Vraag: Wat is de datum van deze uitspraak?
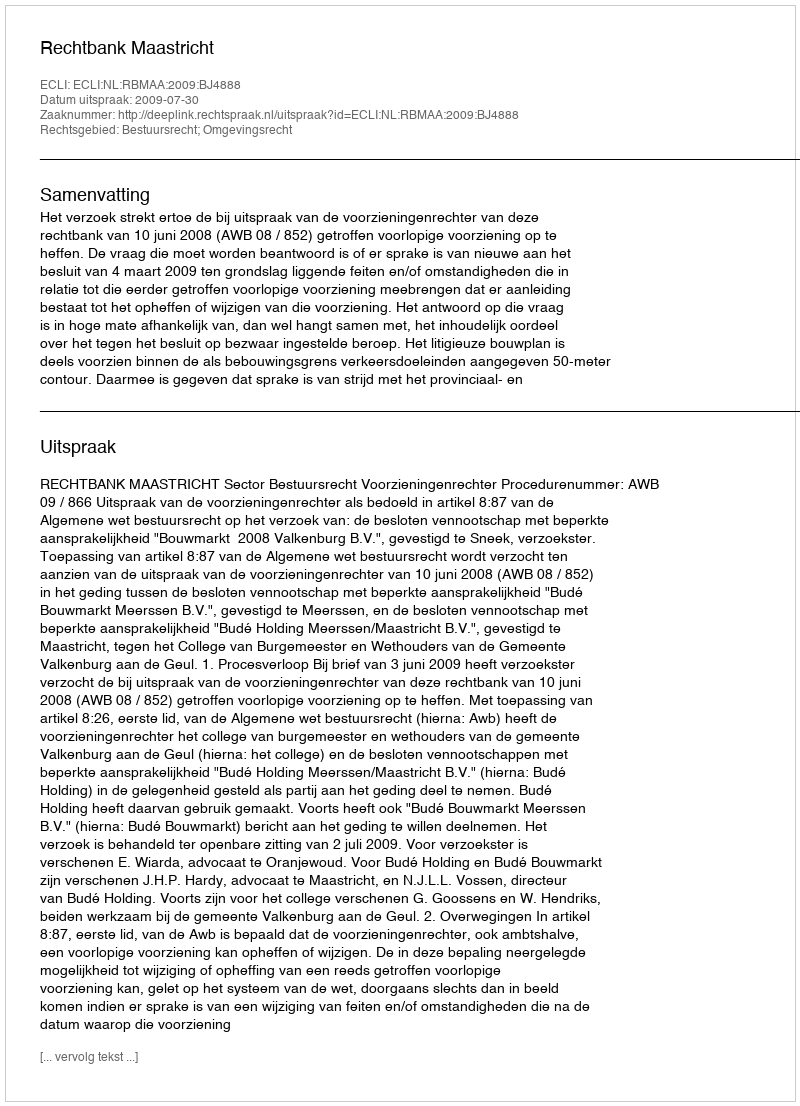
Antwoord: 2009-07-30